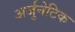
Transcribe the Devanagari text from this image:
अर्जुनेटिक